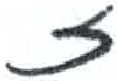
אות: ז